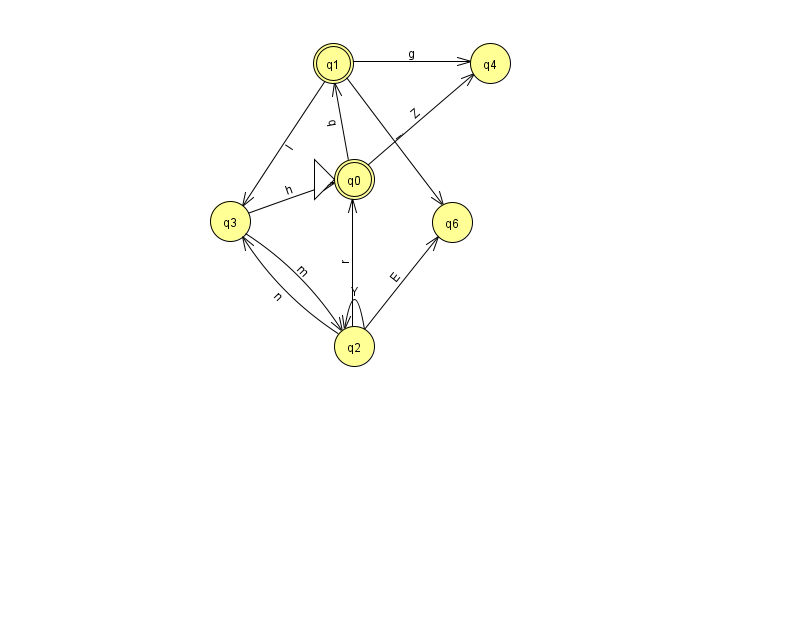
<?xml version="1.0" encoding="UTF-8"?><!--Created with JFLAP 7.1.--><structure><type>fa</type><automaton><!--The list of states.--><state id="0" name="q0"><x>354.0</x><y>166.0</y><initial/><final/></state><state id="1" name="q1"><x>333.0</x><y>50.0</y><final/></state><state id="2" name="q2"><x>354.0</x><y>333.0</y></state><state id="3" name="q3"><x>230.0</x><y>208.0</y></state><state id="4" name="q4"><x>490.0</x><y>50.0</y></state><state id="6" name="q6"><x>452.0</x><y>209.0</y></state><!--The list of transitions.--><transition><from>0</from><to>1</to><read>q</read></transition><transition><from>1</from><to>4</to><read>g</read></transition><transition><from>2</from><to>3</to><read>n</read></transition><transition><from>2</from><to>6</to><read>E</read></transition><transition><from>3</from><to>2</to><read>m</read></transition><transition><from>1</from><to>6</to><read>i</read></transition><transition><from>1</from><to>3</to><read>l</read></transition><transition><from>2</from><to>0</to><read>r</read></transition><transition><from>2</from><to>2</to><read>Y</read></transition><transition><from>0</from><to>4</to><read>Z</read></transition><transition><from>3</from><to>0</to><read>h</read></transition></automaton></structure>